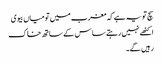
سچ تو یہ ہے کہ مغرب میں تو میاں بیوی
اکٹھے نہیں رہتے ساس کے ساتھ خاک
رہیں گے۔